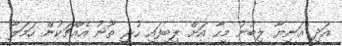
އަދި އަނިޔާ ލިބުނު މީހާ އަށް ލިބިފައި ހުރީ ތޫނު އެއްޗަކުން ހަމަލާ